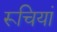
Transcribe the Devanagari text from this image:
रूचियां